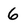
Character: 6